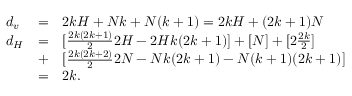
\begin{array} { l l l } { { d _ { v } } } & { { = } } & { { 2 k H + N k + N ( k + 1 ) = 2 k H + ( 2 k + 1 ) N } } \\ { { d _ { H } } } & { { = } } & { { [ \frac { 2 k ( 2 k + 1 ) } { 2 } 2 H - 2 H k ( 2 k + 1 ) ] + [ N ] + [ 2 \frac { 2 k } { 2 } ] } } \\ { { } } & { { + } } & { { [ \frac { 2 k ( 2 k + 2 ) } { 2 } 2 N - N k ( 2 k + 1 ) - N ( k + 1 ) ( 2 k + 1 ) ] } } \\ { { } } & { { = } } & { { 2 k . } } \end{array}